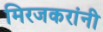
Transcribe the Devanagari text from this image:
मिरजकरांनी